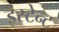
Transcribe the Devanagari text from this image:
इंस्टेन्ट